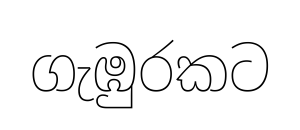
ගැඹුරකට